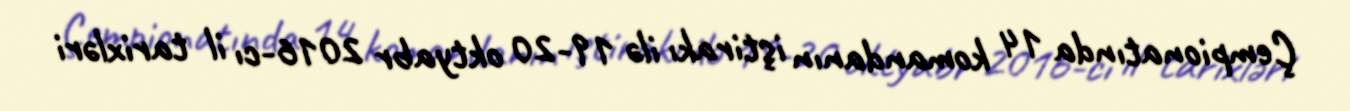
Çempionatında 14 komandanın iştirakı ilə 19-20 oktyabr 2016-cı il tarixləri